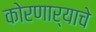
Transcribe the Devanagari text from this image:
कोरणार्‍याचे